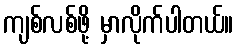
ကျစ်လစ်ဖို့ မှာလိုက်ပါတယ်။